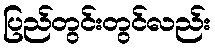
ပြည်တွင်းတွင်လည်း